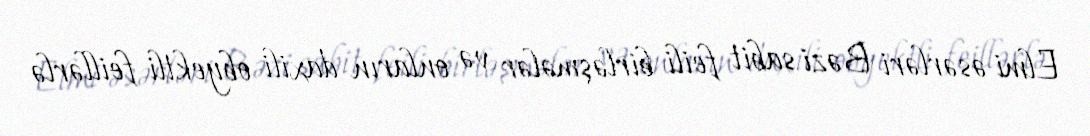
Elmi əsərləri Bəzi sabit feili birləşmələr və onların daxili obyektli feillərlə